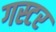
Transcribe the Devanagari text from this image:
गस्टर